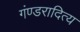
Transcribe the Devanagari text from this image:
गंण्डरादित्य